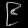
Digit: ၉